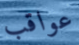
عواقب